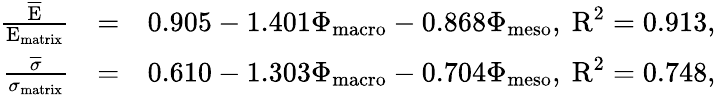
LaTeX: \begin{array}{rlr}{\frac{\overline{{\textup{E}}}}{\textup{E}_{\textup{matrix}}}}&{=}&{0.905-1.401\Phi_{\textup{macro}}-0.868\Phi_{\textup{meso}},\ \textup{R}^{2}=0.913,}\\ {\frac{\overline{{\sigma}}}{\sigma_{\textup{matrix}}}}&{=}&{0.610-1.303\Phi_{\textup{macro}}-0.704\Phi_{\textup{meso}},\ \textup{R}^{2}=0.748,}\end{array}